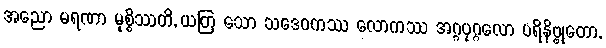
အညော မရဏာ မုစ္စိဿတိ, ယတြ သော သဒေဝကဿ လောကဿ အဂ္ဂပုဂ္ဂလော ပရိနိဗ္ဗုတော,